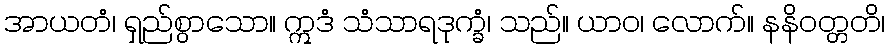
အာယတံ၊ ရှည်စွာသော။ ဣဒံ သံသာရဒုက္ခံ၊ သည်။ ယာဝ၊ လောက်။ နနိဝတ္တတိ၊